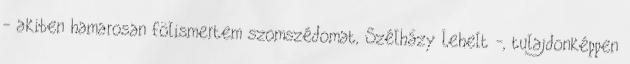
- akiben hamarosan fölismertem szomszédomat, Szélházy Lehelt -, tulajdonképpen